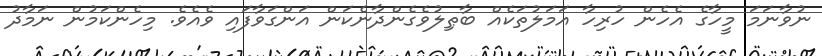
ނުވާނަމަ މީހާގެ އެހެން ހުރިހާ އަމަލުތަކެއް ބާޠިލުވެގެންދާނެކަން އަންގަވާފައި ވެއެވެ. މިހެންކަމުން ނަމާދު